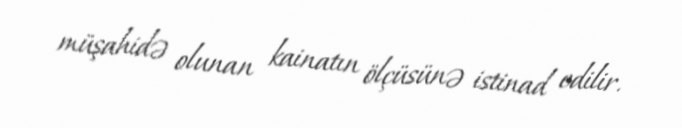
müşahidə olunan kainatın ölçüsünə istinad edilir.